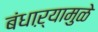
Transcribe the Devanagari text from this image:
बंधाऱ्यामुळे